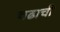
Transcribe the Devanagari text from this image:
चढाची